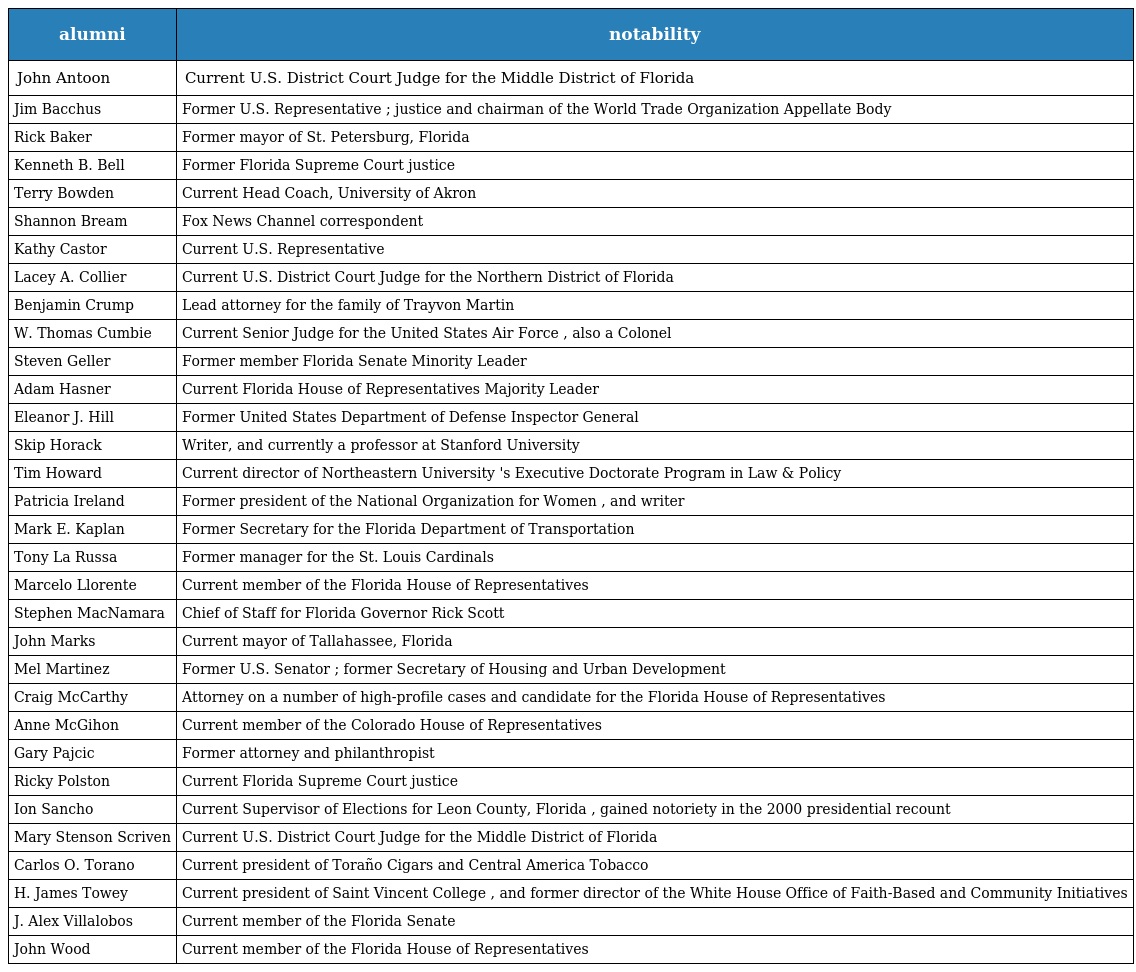
| alumni | notability |
 | --- | --- |
 | John Antoon | Current U.S. District Court Judge for the Middle District of Florida |
 | Jim Bacchus | Former U.S. Representative ; justice and chairman of the World Trade Organization Appellate Body |
 | Rick Baker | Former mayor of St. Petersburg, Florida |
 | Kenneth B. Bell | Former Florida Supreme Court justice |
 | Terry Bowden | Current Head Coach, University of Akron |
 | Shannon Bream | Fox News Channel correspondent |
 | Kathy Castor | Current U.S. Representative |
 | Lacey A. Collier | Current U.S. District Court Judge for the Northern District of Florida |
 | Benjamin Crump | Lead attorney for the family of Trayvon Martin |
 | W. Thomas Cumbie | Current Senior Judge for the United States Air Force , also a Colonel |
 | Steven Geller | Former member Florida Senate Minority Leader |
 | Adam Hasner | Current Florida House of Representatives Majority Leader |
 | Eleanor J. Hill | Former United States Department of Defense Inspector General |
 | Skip Horack | Writer, and currently a professor at Stanford University |
 | Tim Howard | Current director of Northeastern University 's Executive Doctorate Program in Law & Policy |
 | Patricia Ireland | Former president of the National Organization for Women , and writer |
 | Mark E. Kaplan | Former Secretary for the Florida Department of Transportation |
 | Tony La Russa | Former manager for the St. Louis Cardinals |
 | Marcelo Llorente | Current member of the Florida House of Representatives |
 | Stephen MacNamara | Chief of Staff for Florida Governor Rick Scott |
 | John Marks | Current mayor of Tallahassee, Florida |
 | Mel Martinez | Former U.S. Senator ; former Secretary of Housing and Urban Development |
 | Craig McCarthy | Attorney on a number of high-profile cases and candidate for the Florida House of Representatives |
 | Anne McGihon | Current member of the Colorado House of Representatives |
 | Gary Pajcic | Former attorney and philanthropist |
 | Ricky Polston | Current Florida Supreme Court justice |
 | Ion Sancho | Current Supervisor of Elections for Leon County, Florida , gained notoriety in the 2000 presidential recount |
 | Mary Stenson Scriven | Current U.S. District Court Judge for the Middle District of Florida |
 | Carlos O. Torano | Current president of Toraño Cigars and Central America Tobacco |
 | H. James Towey | Current president of Saint Vincent College , and former director of the White House Office of Faith-Based and Community Initiatives |
 | J. Alex Villalobos | Current member of the Florida Senate |
 | John Wood | Current member of the Florida House of Representatives |